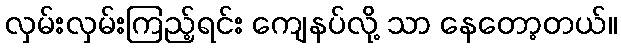
လှမ်းလှမ်းကြည့်ရင်း ကျေနပ်လို့ သာ နေတော့တယ်။